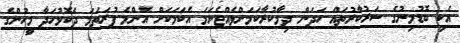
އެކި ބޮޑުމިނުގެ ސަރުކާރުތައް ހަދަން ދިމާކުރާކަމަށްވެއްޖެނަމަ އެކަމަކަށް އެންމެ ފުރަތަމަ ދެކޮޅުހަދާ މީހުންގެ